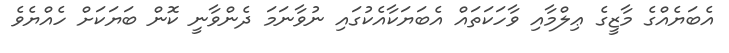
އެބަޔެއްގެ މާޒީގެ ޢިލްމާއި ވާހަކަތައް އެބަޔަކާއެކުގައި ނުވާނަމަ ދެންވާނީ ކޮން ބަޔަކަށް ހެއްޔެވެ